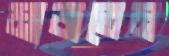
মাজতেম